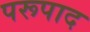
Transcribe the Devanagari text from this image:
परूपाद